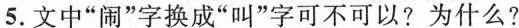
5.文中”闹”字换成”叫”字可不可以?为什么?